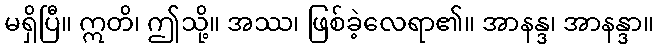
မရှိပြီ။ ဣတိ၊ ဤသို့။ အဿ၊ ဖြစ်ခဲ့လေရာ၏။ အာနန္ဒ၊ အာနန္ဒာ။